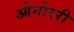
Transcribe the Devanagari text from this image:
ओनोररी